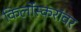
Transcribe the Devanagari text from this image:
किर्लोस्करांवर